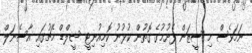
ނަމަވެސް މި ސީޒަން ފެށުމުގެ ގޮތުން ކުޅުނު ކޮމިއުނިޓީ ޝީލްޑް މެޗުގައި އާސެނަލް